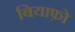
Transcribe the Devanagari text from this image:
बियाफ़ो